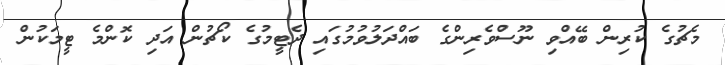
މެޗުގެ ކުރިން ބޭއްވި ނޫސްވެރިންގެ ބައްދަލުވުމުގައި ދެޓީމުގެ ކޯޗުން އަދި ކޮންމެ ޓީމަކުން